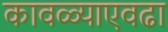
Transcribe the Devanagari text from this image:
कावळ्याएवढा